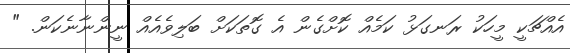
އެއްޗަކީ މީހަކު ރަނގަޅު ކަމެއްް ކޮށްގެން އެ ގޮތަކަށް ބަލިވެއެއް ނީންނާނެކަން. "